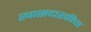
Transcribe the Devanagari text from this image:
खासदारकीचा